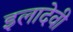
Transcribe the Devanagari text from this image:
इलादेवी